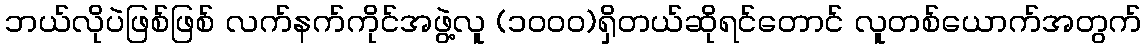
ဘယ်လိုပဲဖြစ်ဖြစ် လက်နက်ကိုင်အဖွဲ့လူ (၁၀၀၀)ရှိတယ်ဆိုရင်တောင် လူတစ်ယောက်အတွက်